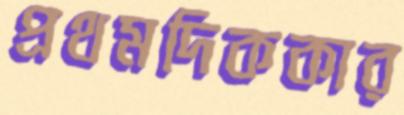
প্রথমদিককার